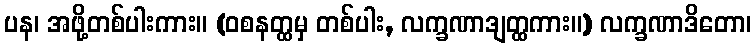
ပန၊ အဖို့တစ်ပါးကား။ (ဝစနတ္ထမှ တစ်ပါး, လက္ခဏာဒျတ္ထကား။) လက္ခဏာဒိတော၊